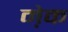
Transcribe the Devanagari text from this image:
मे़क